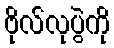
ဗိုလ်လုပွဲကို